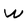
Character: W